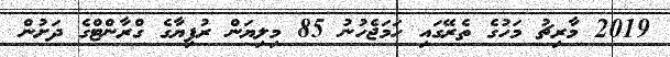
2019 މާރިޗު މަހުގެ ތެރޭގައި ހަމަޖެހުނު 85 މިލިޔަން ރުފިޔާގެ ގްރާންޓްގެ ދަށުން